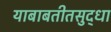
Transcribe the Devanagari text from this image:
याबाबतीतसुद्‌धा